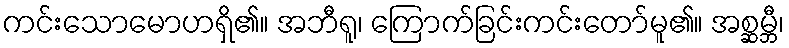
ကင်းသောမောဟရှိ၏။ အဘီရူ၊ ကြောက်ခြင်းကင်းတော်မူ၏။ အစ္ဆမ္ဘီ၊